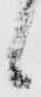
候